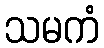
သမကံ